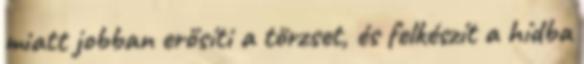
miatt jobban erősíti a törzset, és felkészít a hídba